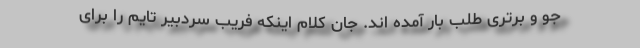
جو و برتری طلب بار آمده اند. جان کلام اینکه فریب سردبیر تایم را برای